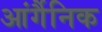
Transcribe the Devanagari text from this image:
आंर्गैनिक